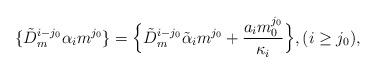
LaTeX: \begin{align*}\{\tilde D_m^{i-j_0} \alpha_i m^{j_0}\}= \Big\{ \tilde D_m^{i-j_0} \tilde \alpha_i m^{j_0} + \frac{a_i m_0^{j_0}}{\kappa_i} \Big\}, (i \geq j_0),\end{align*}